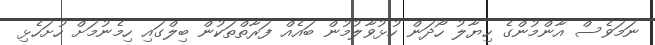
ނަމަވެސް އާންމުންގެ ހިޔާލު ހޯދަން ހުޅުވާލުމުން ބައެއް ފަރާތްތަކުން ބިލްގައި ހިމެނުމަށް ހުށަހެޅި